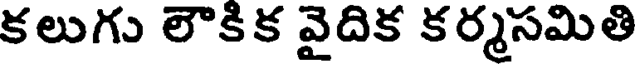
కలుగు లౌకిక వైదిక కర్మసమితి